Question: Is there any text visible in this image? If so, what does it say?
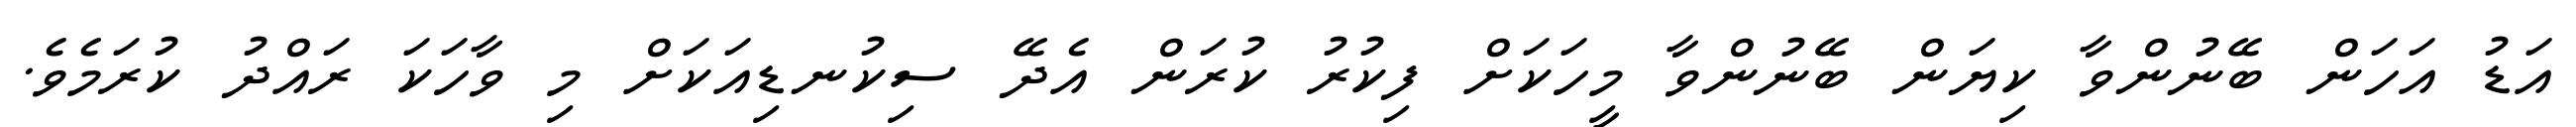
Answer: އަޑު އަހަން ބޭނުންވާ ކިޔަން ބޭނުންވާ މީހަކަށް ފިކުރު ކުރަން އެދޭ ސިކުނޑިއަކަށް މި ވާހަކަ ރައްދު ކުރަމެވެ.